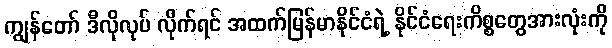
ကျွန်တော် ဒီလိုလုပ် လိုက်ရင် အထက်မြန်မာနိုင်ငံရဲ့ နိုင်ငံရေးကိစ္စတွေအားလုံးကို